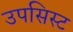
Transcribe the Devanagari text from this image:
उपसिस्ट